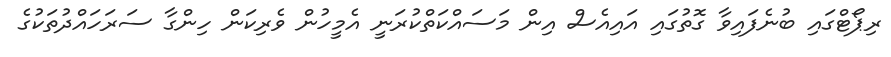
ރިޕޯޓްގައި ބުނެފައިވާ ގޮތުގައި އައިއެސް އިން މަސައްކަތްކުރަނީ އެމީހުން ވެރިކަން ހިންގާ ސަރަހައްދުތަކުގެ